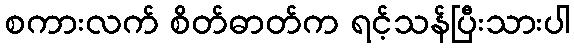
စကားလက် စိတ်ဓာတ်က ရင့်သန်ပြီးသားပါ